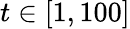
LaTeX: t\in[1,100]